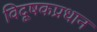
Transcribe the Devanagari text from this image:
विदूषकप्रधान